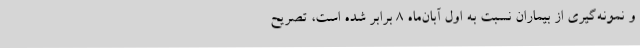
و نمونه‌گیری از بیماران نسبت به اول آبان‌ماه 8 برابر شده است، تصریح